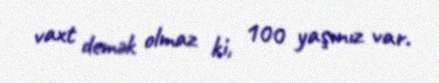
vaxt demək olmaz ki, 100 yaşınız var.